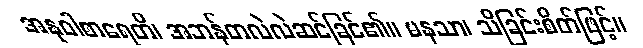
အနုဝါစာရေတိ၊ အဘန်တလဲလဲဆင်ခြင်၏။ မနသာ၊ သိခြင်းစိတ်ဖြင့်။